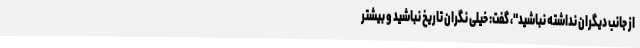
از جانب دیگران نداشته نباشید"، گفت: خیلی نگران تاریخ نباشید و بیشتر